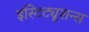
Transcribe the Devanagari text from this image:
इंस्टिट्यूशन्स